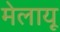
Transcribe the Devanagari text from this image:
मेलायू